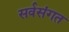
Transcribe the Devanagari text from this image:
सर्वसंगत